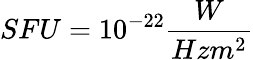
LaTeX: SFU=10^{-22}\frac{W}{Hzm^{2}}